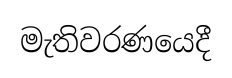
මැතිවරණයෙදී